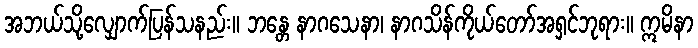
အဘယ်သို့လျှောက်ပြန်သနည်း။ ဘန္တေ နာဂသေနာ၊ နာဂသိန်ကိုယ်တော်အရှင်ဘုရား။ ဣမိနာ